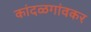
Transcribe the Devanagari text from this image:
कांदळगांवकर